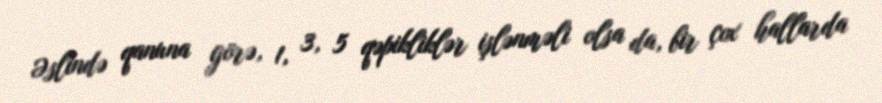
Əslində qanuna görə, 1, 3, 5 qəpikliklər işlənməli olsa da, bir çox hallarda